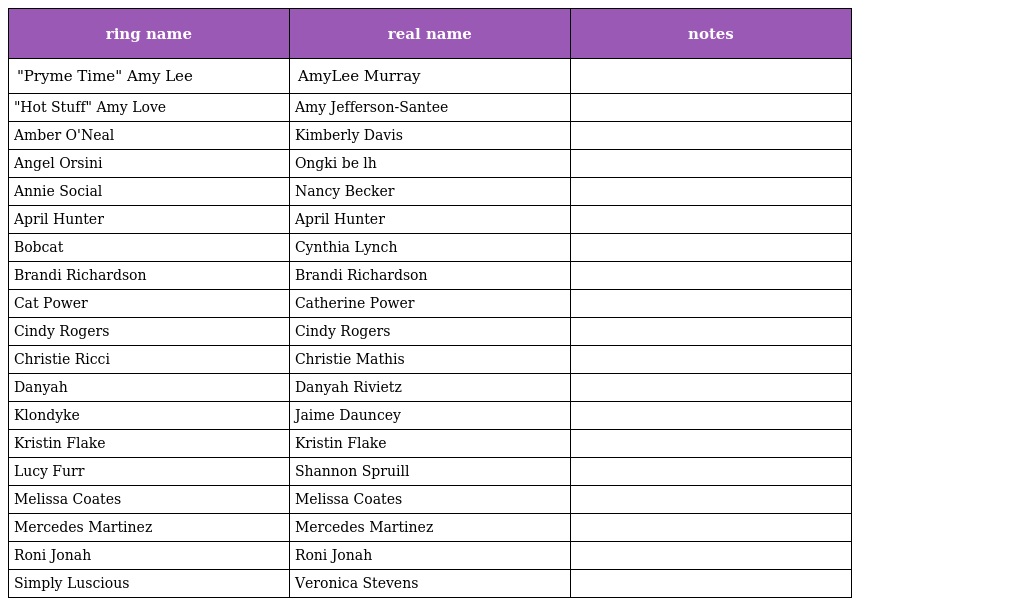
| ring name | real name | notes |
 | --- | --- | --- |
 | "Pryme Time" Amy Lee | AmyLee Murray |  |
 | "Hot Stuff" Amy Love | Amy Jefferson-Santee |  |
 | Amber O'Neal | Kimberly Davis |  |
 | Angel Orsini | Ongki be lh |  |
 | Annie Social | Nancy Becker |  |
 | April Hunter | April Hunter |  |
 | Bobcat | Cynthia Lynch |  |
 | Brandi Richardson | Brandi Richardson |  |
 | Cat Power | Catherine Power |  |
 | Cindy Rogers | Cindy Rogers |  |
 | Christie Ricci | Christie Mathis |  |
 | Danyah | Danyah Rivietz |  |
 | Klondyke | Jaime Dauncey |  |
 | Kristin Flake | Kristin Flake |  |
 | Lucy Furr | Shannon Spruill |  |
 | Melissa Coates | Melissa Coates |  |
 | Mercedes Martinez | Mercedes Martinez |  |
 | Roni Jonah | Roni Jonah |  |
 | Simply Luscious | Veronica Stevens |  |